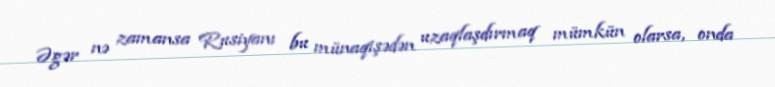
Əgər nə zamansa Rusiyanı bu münaqişədən uzaqlaşdırmaq mümkün olarsa, onda